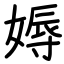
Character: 媷